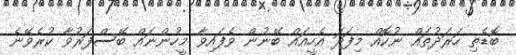
ބޮޑެތި ހަރަދުތައް ނުކޮއް މިފަދަ އެހީއައް ބޭނުން ވެފައިވާ މީހުންނައް ބޭސްފަރުވާ ކުރެވޭނެ